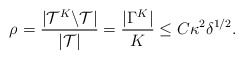
\begin{align*}\rho_{} = \frac{|\mathcal{T}^K \backslash \mathcal{T}|}{|\mathcal{T}|} = \frac{|\Gamma^K|}{K} \leq C \kappa^2 \delta^{1/2}.\end{align*}